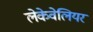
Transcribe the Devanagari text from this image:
लेकेवेलियर